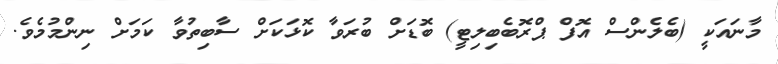
މާނައަކީ (ބެލެންސް އޮފް ޕްރޮބެބިލިޓީ) ބޮޑަށް ބުރަވާ ކޮޅަކަށް ސާބިތުވާ ކަމަށް ނިންމުމެވެ.